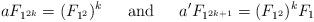
\begin{align*}a F_{1^{2k}} = (F_{1^2})^k \hskip .2in\hbox{ and }\hskip .2in a' F_{1^{2k+1}} = (F_{1^2})^k F_1\end{align*}